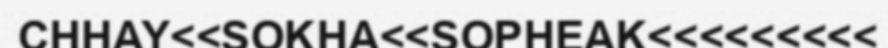
CHHAY<<SOKHA<<SOPHEAK<<<<<<<<<